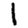
Digit: 1